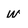
Character: W